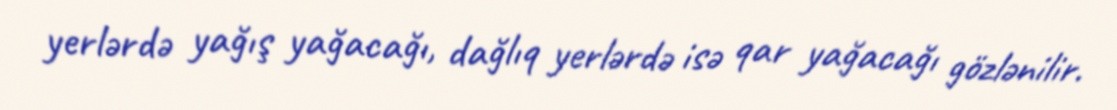
yerlərdə yağış yağacağı, dağlıq yerlərdə isə qar yağacağı gözlənilir.